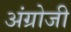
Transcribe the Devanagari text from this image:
अंग्रोजी